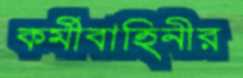
কর্মীবাহিনীর